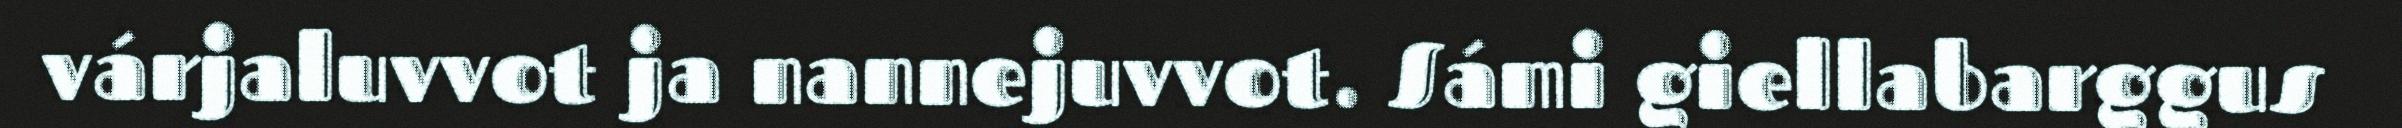
várjaluvvot ja nannejuvvot. Sámi giellabarggus